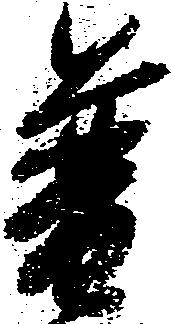
普